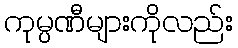
ကုမ္ပဏီများကိုလည်း